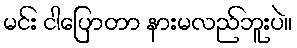
မင်း ငါပြောတာ နားမလည်ဘူးပဲ။